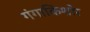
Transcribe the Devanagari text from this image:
गंगाकिशोर